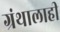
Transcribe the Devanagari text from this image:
ग्रंथालाही